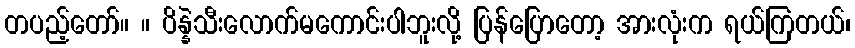
တပည့်တော်။ ။ ပိန္နဲသီးလောက်မကောင်းပါဘူးလို့ ပြန်ပြောတော့ အားလုံးက ရယ်ကြတယ်၊